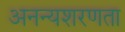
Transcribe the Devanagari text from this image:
अनन्यशरणता